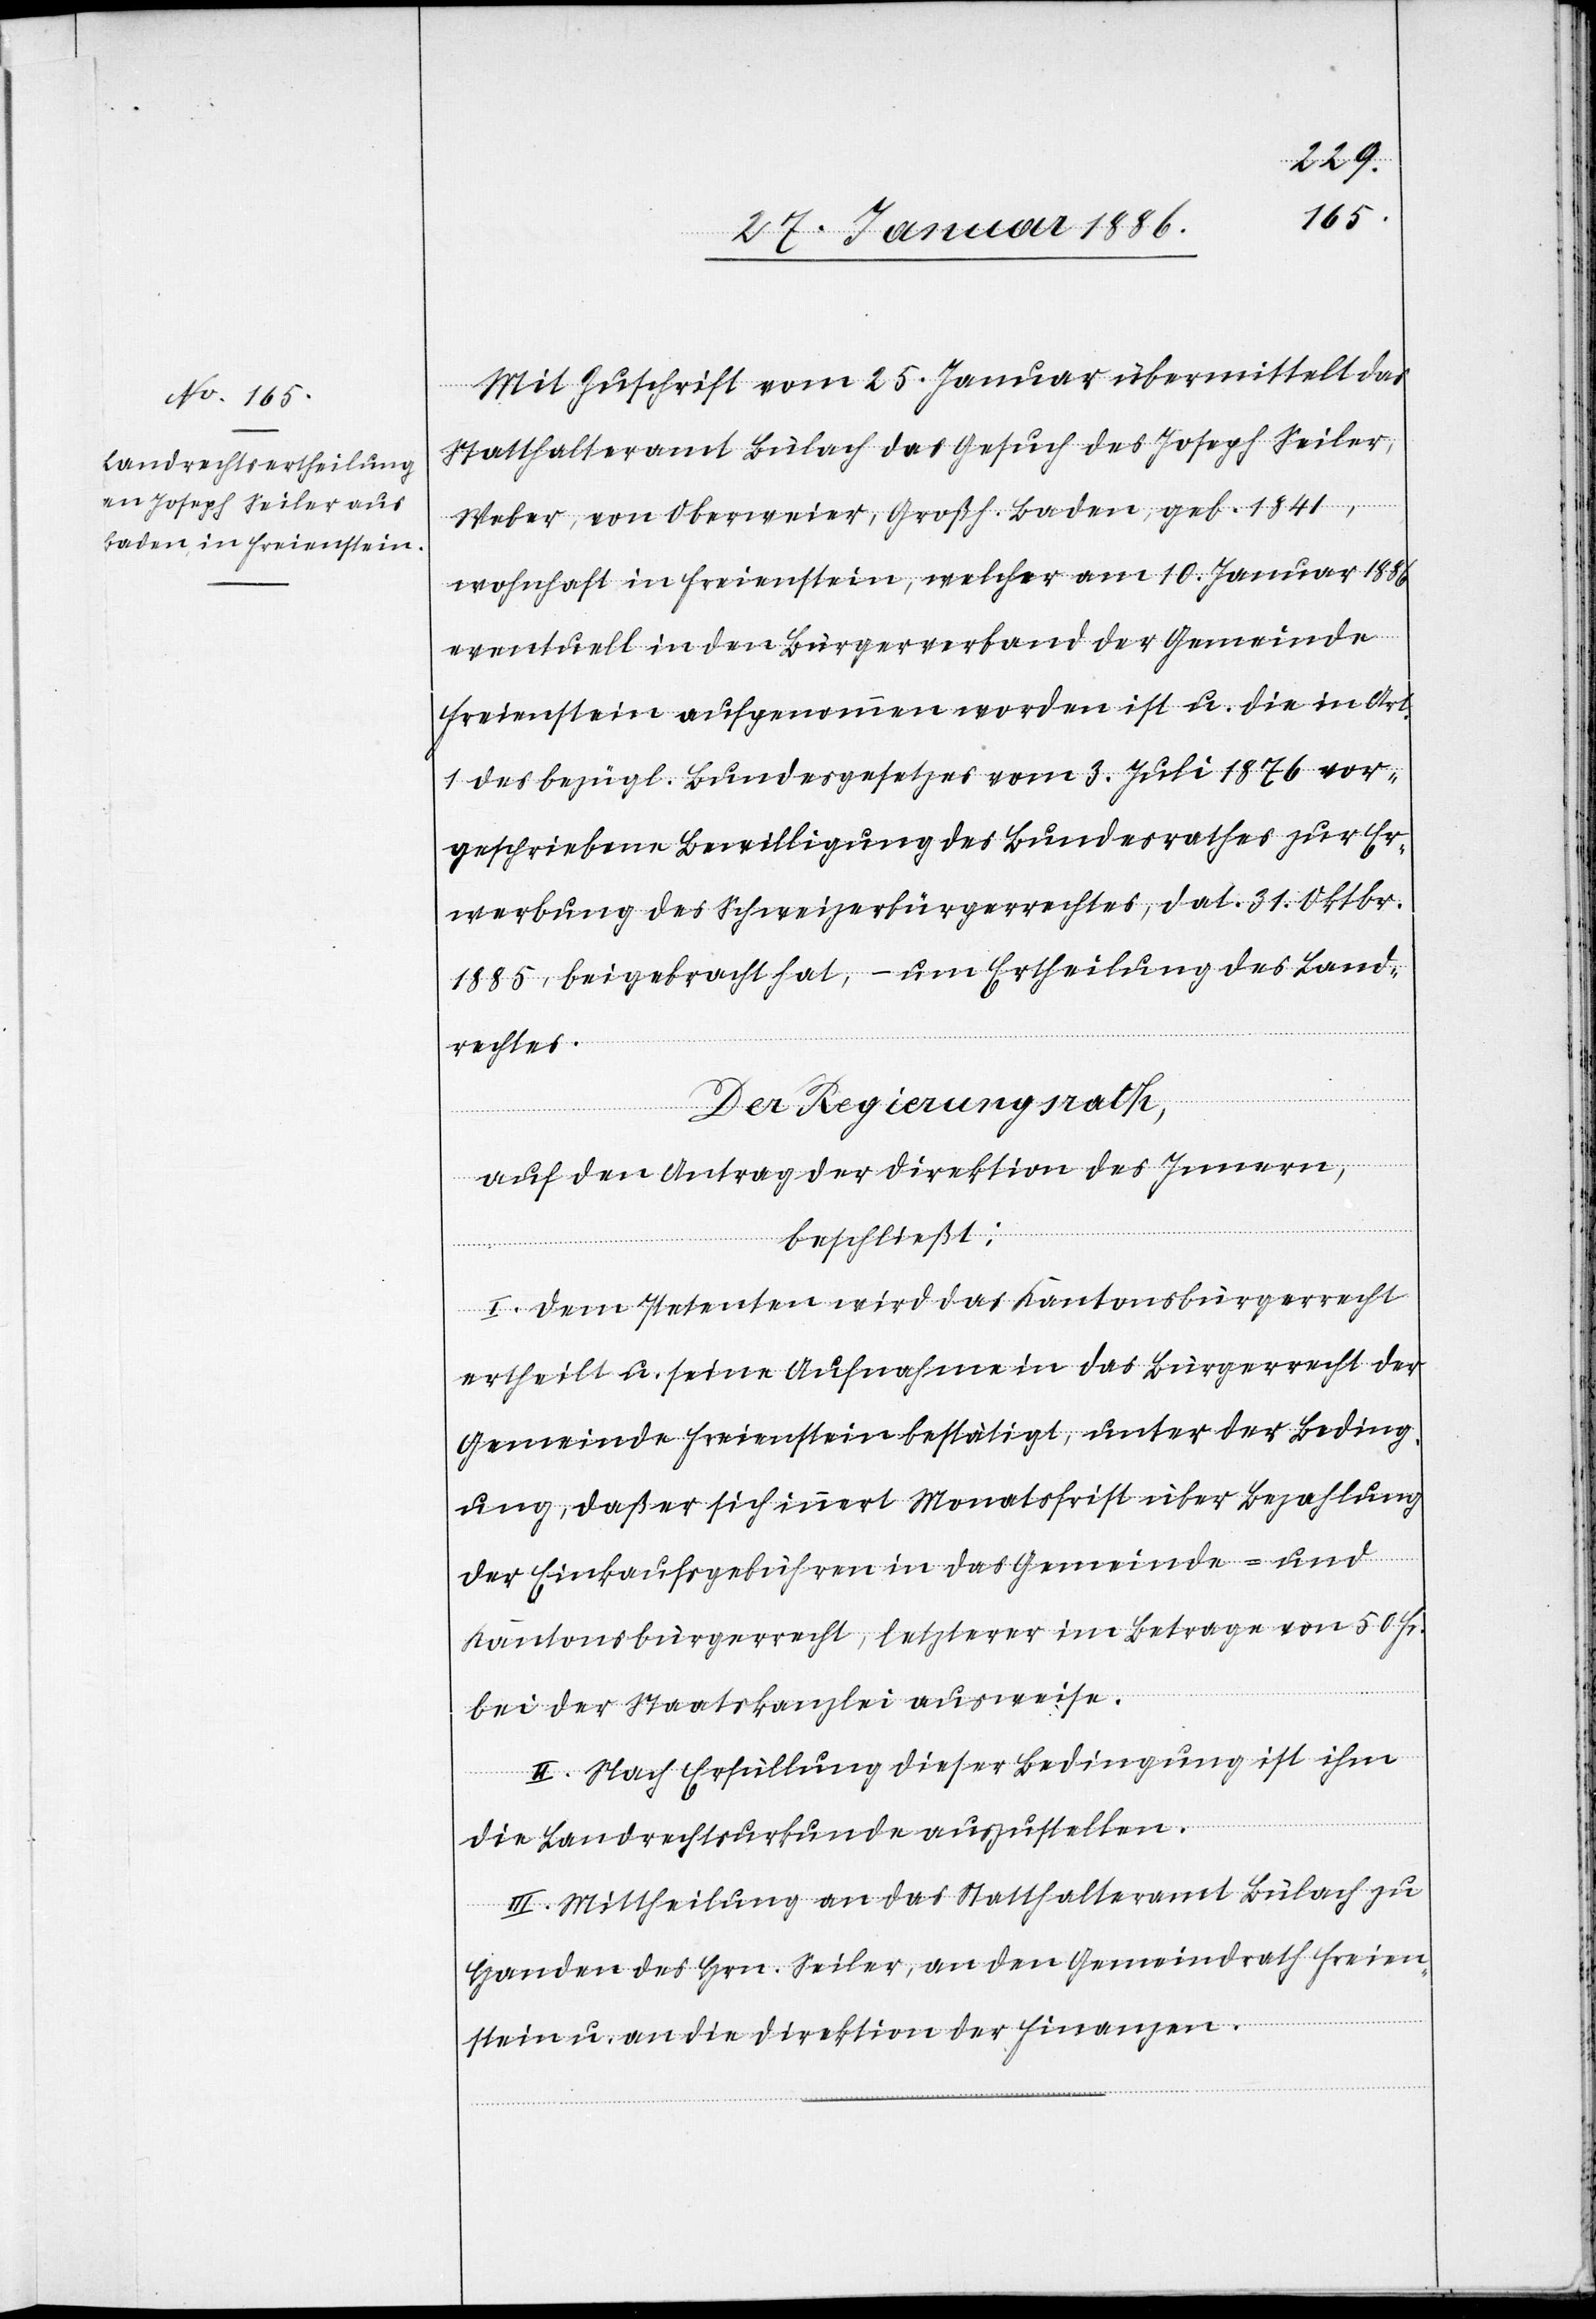
Mit Zuschrift vom 25. Januar übermittelt das
Statthalteramt Bülach das Gesuch des Joseph Seiler,
Weber, von Oberweier, Großh. Baden, geb. 1841,
wohnhaft in Freienstein, welcher am 10. Januar 1886
eventuell in den Bürgerverband der Gemeinde
Freienstein aufgenommen worden ist u. die in Art.
1 des bezügl. Bundesgesetzes vom 3. Juli 1876 vor¬
geschriebene Bewilligung des Bundesrathes zur Er¬
werbung des Schweizerbürgerrechtes, dat. 31. Oktbr.
1885, beigebracht hat, – um Ertheilung des Land¬
rechtes.
Der Regierungsrath,
auf den Antrag der Direktion des Innern,
beschließt:
I. Dem Petenten wird das Kantonsbürgerrecht
ertheilt u. seine Aufnahme in das Bürgerrecht der
Gemeinde Freienstein bestätigt, unter der Beding¬
ung, daß er sich innert Monatsfrist über Bezahlung
der Einkaufsgebühren in das Gemeinde- und
Kantonsbürgerrecht, letzterer im Betrag von 50 Fr.
bei der Staatskanzlei ausweise.
II. Nach Erfüllung dieser Bedingung ist ihm
die Landrechtsurkunde auszustellen.
III. Mittheilung an das Statthalteramt Bülach zu
Handen des Hrn. Seiler, an den Gemeindrath Freien¬
stein u. an die Direktion der Finanzen.